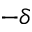
- \delta